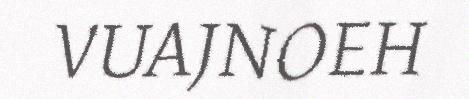
VUAJNOEH